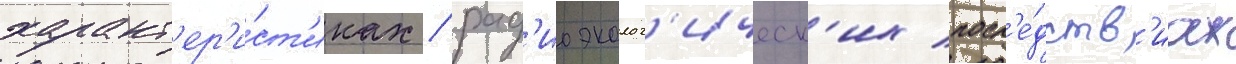
характ'ер'и́ст'иках / рад'иоэколог'ическ'их посл'е́дств'иах